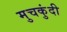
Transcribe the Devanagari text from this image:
मुचकुंदी